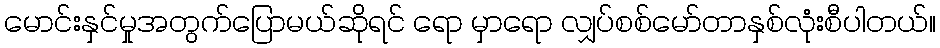
မောင်းနှင်မှုအတွက်ပြောမယ်ဆိုရင် ရော မှာရော လျှပ်စစ်မော်တာနှစ်လုံးစီပါတယ်။